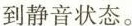
到静音状态。